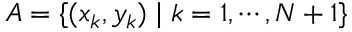
A = \{ ( x _ { k } , y _ { k } ) \mid k = 1 , \cdots , N + 1 \}